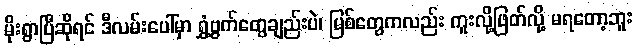
မိုးရွာပြီဆိုရင် ဒီလမ်းပေါ်မှာ ရွှံ့ဗွက်တွေချည်းပဲ၊ မြစ်တွေကလည်း ကူးလို့ဖြတ်လို့ မရတော့ဘူး